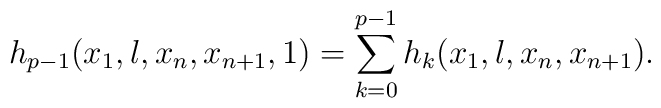
h_{p-1}(x_1,\l,x_n,x_{n+1},1)=\sum_{k=0}^{p-1}h_k(x_1,\l,x_n,x_{n+1}).